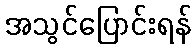
အသွင်ပြောင်းရန်